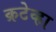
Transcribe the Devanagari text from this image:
क्रटेव्हा